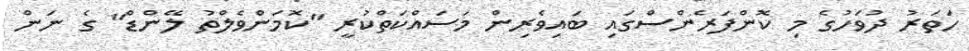
ހަތަރު ދުވަހުގެ މި ކޮންފަރެންސްގައި ބައިވެރިން މަސައްކަތްކުރީ "ކޮމަންވެލްތު ލޭންޑް" ގެ ނަން